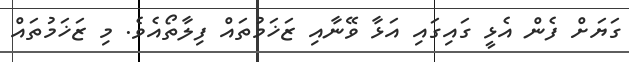
ގަޔަށް ފެން އެޅީ ގައިގައި އަޅާ ވޭނާއި ޒަޚަމުތައް ފިލާތޯއެވެ. މި ޒަޚަމުތައް